Vaccine operations Central Provinces 1868-1885 - 1868-1885
Year: 1868
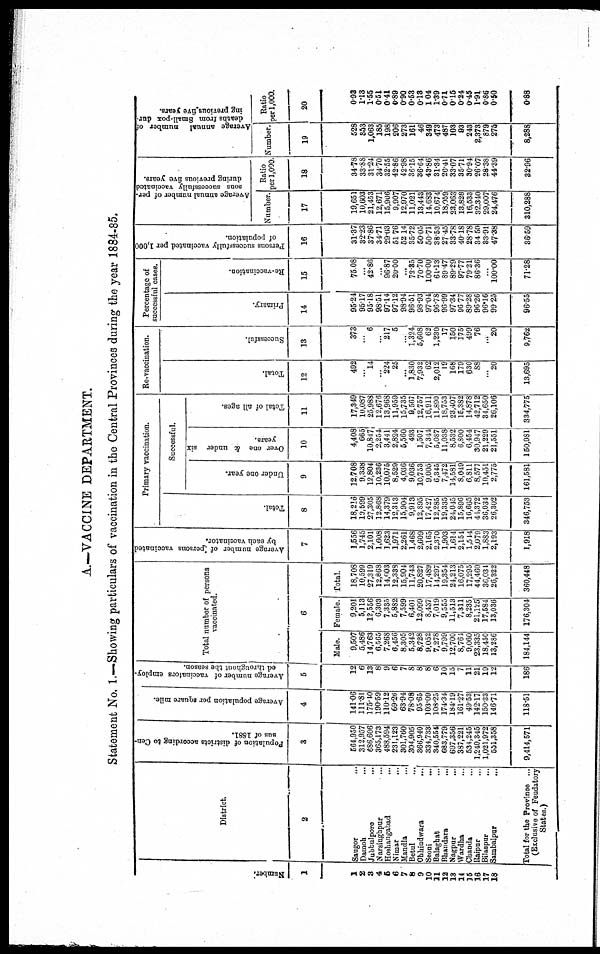
A.—VACCINE DEPARTMENT.
Statement No. 1.—Showing particulars of vaccination in the Central Provinces during the year 1884-85.
Number.
1
1
2
3
4
5
6
7
8
9
10
11
12
13
14
15
16
17
18
District.
2
Saugor ...
Damoh ...
Jubbulpore
...
Narsinghpur ...
Hoshangabad
...
Nimar ...
Mandla ...
Betul ...
Chhindwara
...
Seoni
...
Balaghat ...
Bhandara ...
Nagpur
...
Wardha ...
Chanda ...
Raipur ...
Bilaspur ...
Sambalpur ...
Total for the Province ...
(Exclusive of Feudatory
States.)
Population of districts according to Cen-
sus of 1881.
3
564,950
312,957
686,606
365,173
488,594
231,123
301,760
304,905
366,940
334,733
340,554
683,779
697,356
387,221
534,245
1,240,345
1,021,972
551,358
9,414,571
Average population per square mile.
4
141.06
111.81
175.40
190.59
110.12
69.26
63.94
78.08
95.65
103.09
108.25
174.34
184.19
161.27
49.53
142.17
150.33
146.71
118.51
Average number of vaccinators employ-
ed throughout the season.
5
12
6
13
8
9
6
7
8
8
8
6
10
15
7
11
21
19
12
186
Total number of persons
vaccinated.
6
Male.
9,507
5,486
14,763
6,565
7,268
6,456
8,305
5,342
8,728
9,052
7,278
9,799
12,700
8,764
9,060
23,335
18,450
13,286
184,144
Female.
9,201
5,113
12,556
6,303
7,335
5,882
7,599
6,401
12,099
8,437
7,019
9,555
11,513
7,311
8,235
21,125
17,584
13,036
176,304
Total.
18,708
10,599
27,319
12,868
14,603
12,338
15,904
11,743
20,827
17,489
14,297
19,354
24,213
16,075
17,295
44,460
36,034
26,322
360,448
Average number of persons vaccinated
by each vaccinator.
7
1,556
1,745
2,101
1,608
1,623
1,971
2,261
1,468
2,609
2,165
2,370
1,903
1,614
2,154
1,544
2,079
1,883
2,193
1,918
Primary vaccination.
Total.
8
18,216
19,599
27,305
12,868
14,379
12,313
15,904
9,913
12,895
17,427
12,285
19,335
24,045
15,896
16,665
44,372
36,034
26,302
346,753
Successful.
Under one year.
9
12,708
9,338
12,804
10,236
10,075
8,529
4,036
9,036
10,753
9,005
6,345
7,472
14,581
8,049
6,811
8,577
10,451
2,775
161,581
Over one & under six
years.
10
4,408
665
10,847
2,254
3,441
2,824
5,560
493
1,507
7,344
5,087
11,038
8,532
6,800
6,454
30,947
21,229
21,551
150,981
Total of all ages.
11
17,349
10,087
25,988
12,676
13,968
11,959
15,735
9,567
12,757
16,911
11,890
18,753
23,407
15,382
14,878
42,712
34,650
26,106
334,775
Re-vaccination.
Total.
12
492
...
14
...
224
25
...
1,830
7,932
62
2,012
19
168
179
630
88
...
20
13,695
Successful.
13
373
...
6
...
217
5
...
1,324
5,608
62
1,230
17
150
175
499
76
...
20
9,762
Percentage of
successful cases.
Primary.
14
95.24
95.17
95.18
98.51
97.14
97.12
98.94
96.51
98.93
97.04
96.78
96.99
97.34
96.77
89.28
96.26
96.16
99.25
96.55
Re-vaccination.
15
75.08
...
42.86
...
96.87
20.00
...
72.35
70.70
100.00
61.13
89.47
89.29
97.77
79.21
86.36
...
100.00
71.28
Persons successfully vaccinated per 1,000
of population.
16
31.37
32.23
37.86
34.71
29.03
51.76
52.14
35.72
50.05
50.71
38.53
27.45
33.78
40.18
28.78
34.50
33.91
47.38
36.59
Average annual number of per-
sons successfully vaccinated
during previous five years.
Number.
17
19,651
10,603
21,453
12,671
15,906
9,907
12,970
11,021
13,443
14,683
10,674
18,059
23,063
13,828
16,533
32,340
29,007
24,476
310,288
Ratio
per 1,000.
18
34.78
33.88
31.24
34.70
32.55
42.86
42.98
36.15
36.64
43.86
31.34
26.41
33.07
35.71
30.94
26.07
28.38
44.39
32.96
Average annual number of
deaths from Small-pox dur-
ing previous five years.
Number.
19
528
353
1,063
185
198
206
273
161
46
349
473
487
103
93
243
2,373
879
275
8,288
Ratio
per 1,000.
20
0.93
1.13
1.55
0.51
0.41
0.89
0.90
0.53
0.13
1.04
1.39
0.71
0.15
0.24
0.45
1.91
0.86
0.50
0.88